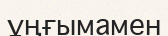
ұңғымамен